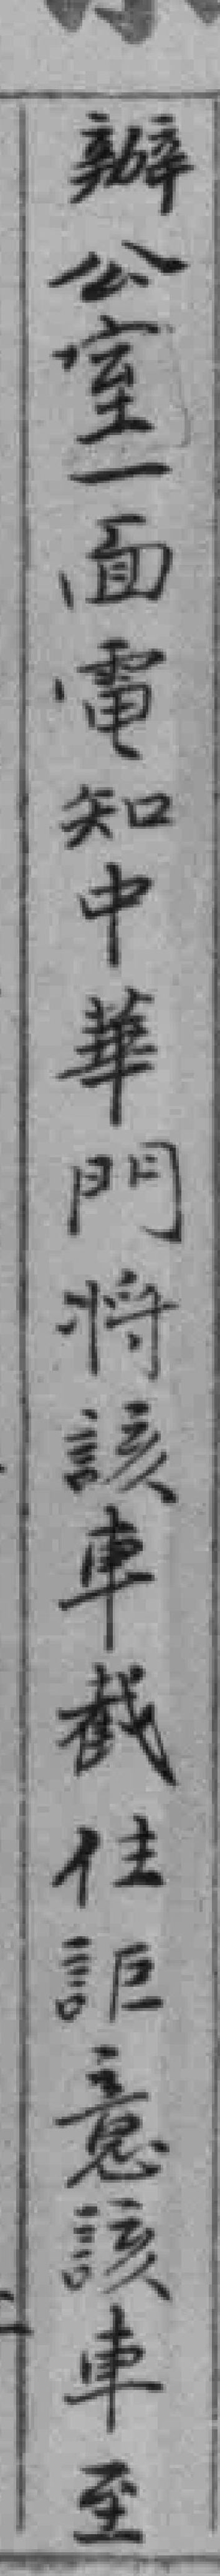
辦公室一面電知中華門将該車截住詎意該車至